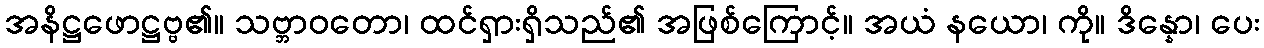
အနိဋ္ဌဖောဋ္ဌဗ္ဗ၏။ သဗ္ဘာဝတော၊ ထင်ရှားရှိသည်၏ အဖြစ်ကြောင့်။ အယံ နယော၊ ကို။ ဒိန္နော၊ ပေး